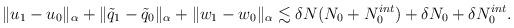
LaTeX: \begin{align*} \| u_1 - u_0 \|_{\alpha} + \| \tilde{q}_1 - \tilde{q}_0 \|_{\alpha} + \| w_1 - w_0 \|_{\alpha} \lesssim \delta N (N_0 + N_0^{int})+ \delta N_0 + \delta N_0^{int}.\end{align*}